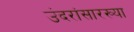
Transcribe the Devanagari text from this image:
उंदरांसारख्या